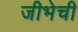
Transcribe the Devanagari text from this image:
जीभेची